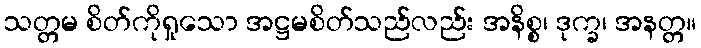
သတ္တမ စိတ်ကိုရှုသော အဋ္ဌမစိတ်သည်လည်း အနိစ္စ၊ ဒုက္ခ၊ အနတ္တ။